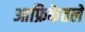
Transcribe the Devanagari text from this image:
आफ्रिकेतले